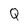
Character: Q